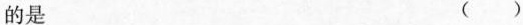
的是 ( )